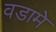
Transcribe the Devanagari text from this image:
वडामे